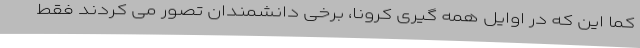
کما این که در اوایل همه گیری کرونا، برخی دانشمندان تصور می کردند فقط